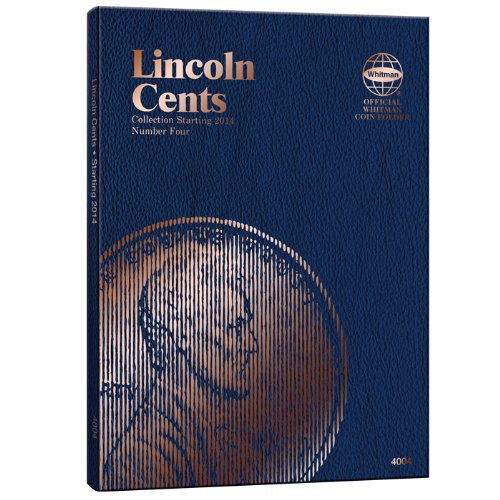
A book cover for Lincoln Cent Folder #4: Whitman Folder; Whitman Publishing; Crafts, Hobbies & Home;